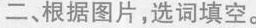
二 根据图片,选词填空。